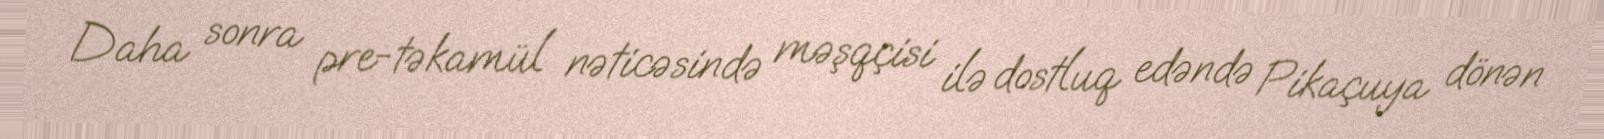
Daha sonra pre-təkamül nəticəsində məşqçisi ilə dostluq edəndə Pikaçuya dönən